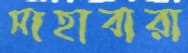
সাহাবারা